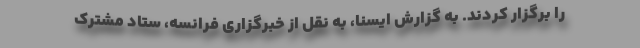
را برگزار کردند. به گزارش ایسنا، به نقل از خبرگزاری فرانسه، ستاد مشترک